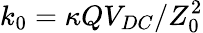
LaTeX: k_{0}=\kappa QV_{DC}/Z_{0}^{2}